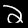
Digit: 2